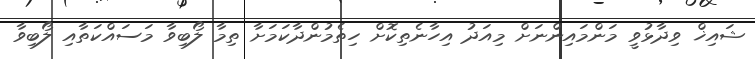
ޝައިޚް ވިދާޅުވީ މަންމައިންނަށް މިއަދު އިހާނެތިކޮށް ހިތެމުންދާކަމަށާ ތިމާ ލޯބިވާ މަސައްކަތާއި ލޯބިވާ